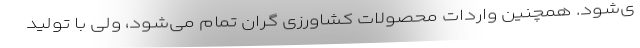
ی‌شود. همچنین واردات محصولات کشاورزی گران تمام می‌شود، ولی با تولید